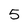
Character: 5